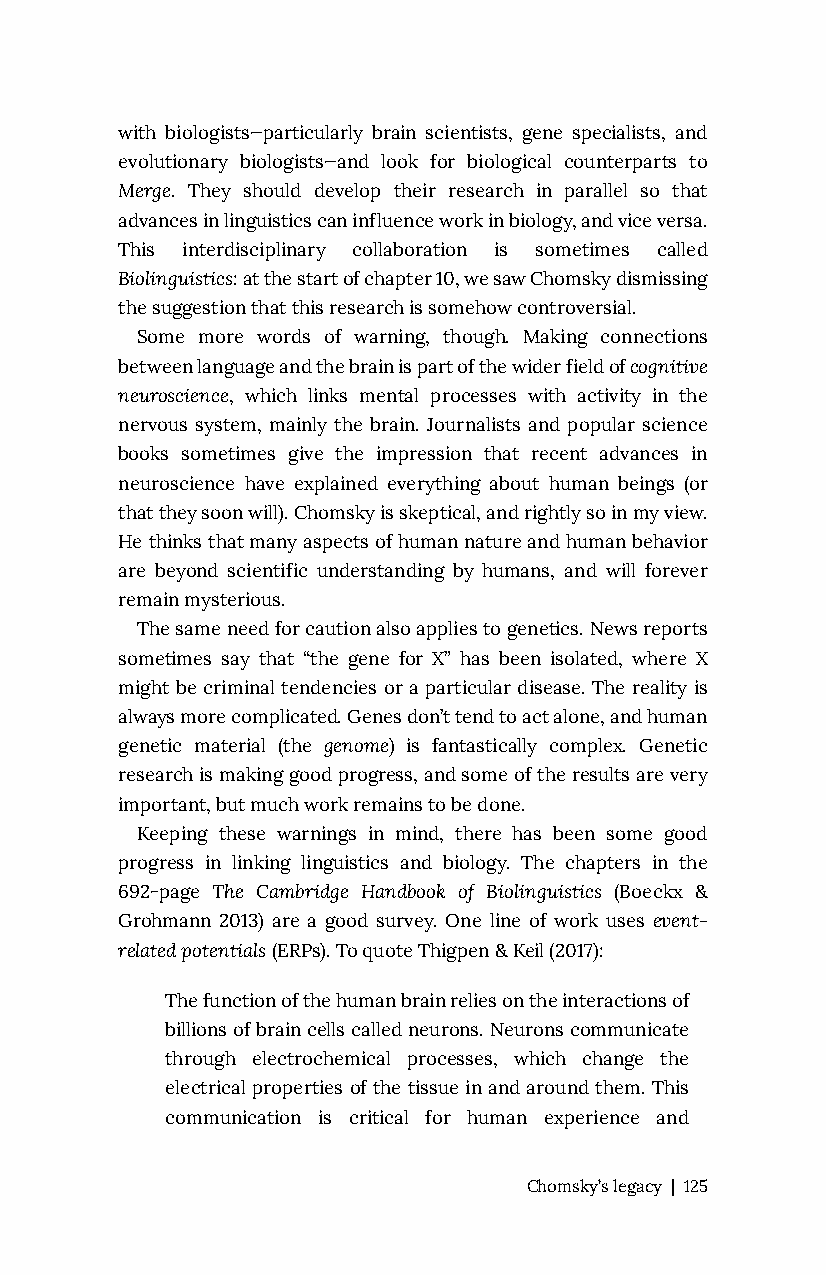
with biologists—particularly brain scientists, gene specialists, and
 evolutionary biologists—and look for biological counterparts to
 Merge. They should develop their research in parallel so that
 advances in linguistics can influence work in biology, and vice versa.
 This interdisciplinary collaboration is sometimes called
 Biolinguistics: at the start of chapter 10, we saw Chomsky dismissing
 the suggestion that this research is somehow controversial.
 Some more words of warning, though. Making connections
 between language and the brain is part of the wider field of cognitive
 neuroscience, which links mental processes with activity in the
 nervous system, mainly the brain. Journalists and popular science
 books sometimes give the impression that recent advances in
 neuroscience have explained everything about human beings (or
 that they soon will). Chomsky is skeptical, and rightly so in my view.
 He thinks that many aspects of human nature and human behavior
 are beyond scientific understanding by humans, and will forever
 remain mysterious.
 The same need for caution also applies to genetics. News reports
 sometimes say that “the gene for X” has been isolated, where X
 might be criminal tendencies or a particular disease. The reality is
 always more complicated. Genes don’t tend to act alone, and human
 genetic material (the genome) is fantastically complex. Genetic
 research is making good progress, and some of the results are very
 important, but much work remains to be done.
 Keeping these warnings in mind, there has been some good
 progress in linking linguistics and biology. The chapters in the
 692-page The Cambridge Handbook of Biolinguistics (Boeckx &
 Grohmann 2013) are a good survey. One line of work uses event-
 related potentials (ERPs). To quote Thigpen & Keil (2017):
 The function of the human brain relies on the interactions of
 billions of brain cells called neurons. Neurons communicate
 through electrochemical processes, which change the
 electrical properties of the tissue in and around them. This
 communication is critical for human experience and
 Chomsky’s legacy | 125